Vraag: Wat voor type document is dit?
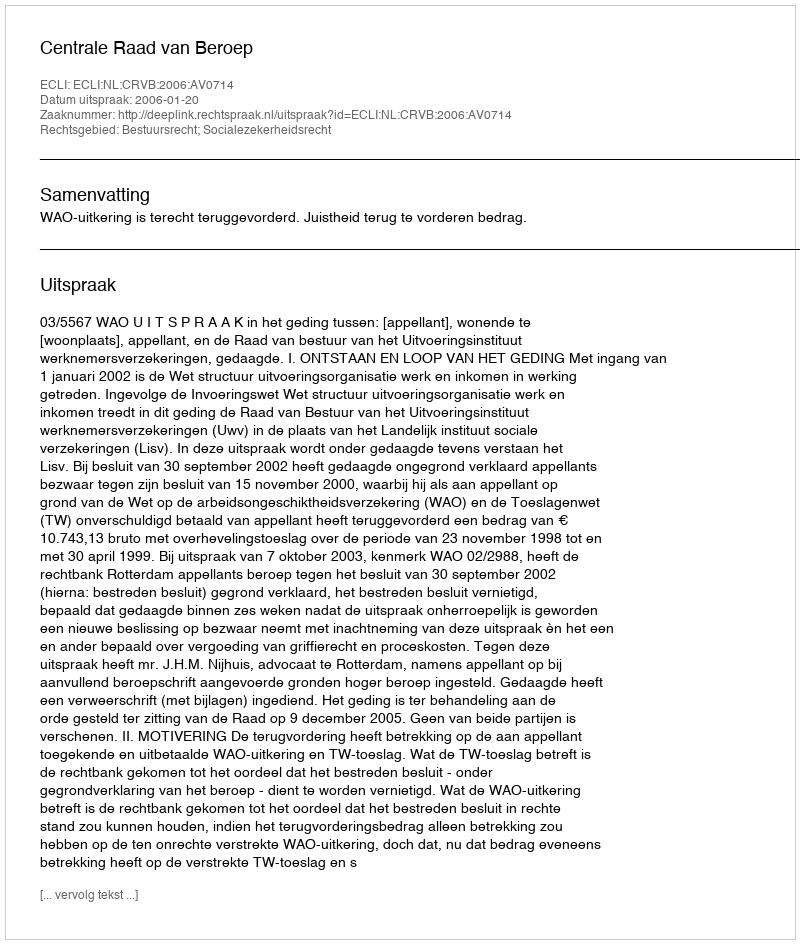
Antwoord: Uitspraak